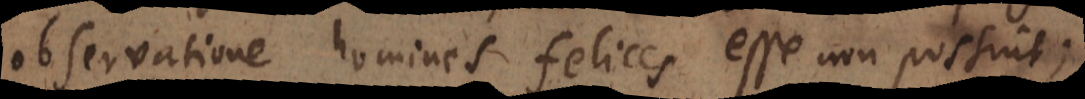
observatione homines felices esse non possint;